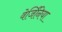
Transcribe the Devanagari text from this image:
वेर्जिनिया